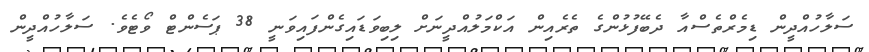
ސަލާހުއްދީން ޑިމެރްތެސްއާ ދެބޭފުޅުންގެ ތެރެއިން އަކްމަލުއްދީނަށް ލިބިވަޑައިގެންފައިވަނީ 38 ޕަސެންޓް ވޯޓެވެ. ސަލާހުއްދީން